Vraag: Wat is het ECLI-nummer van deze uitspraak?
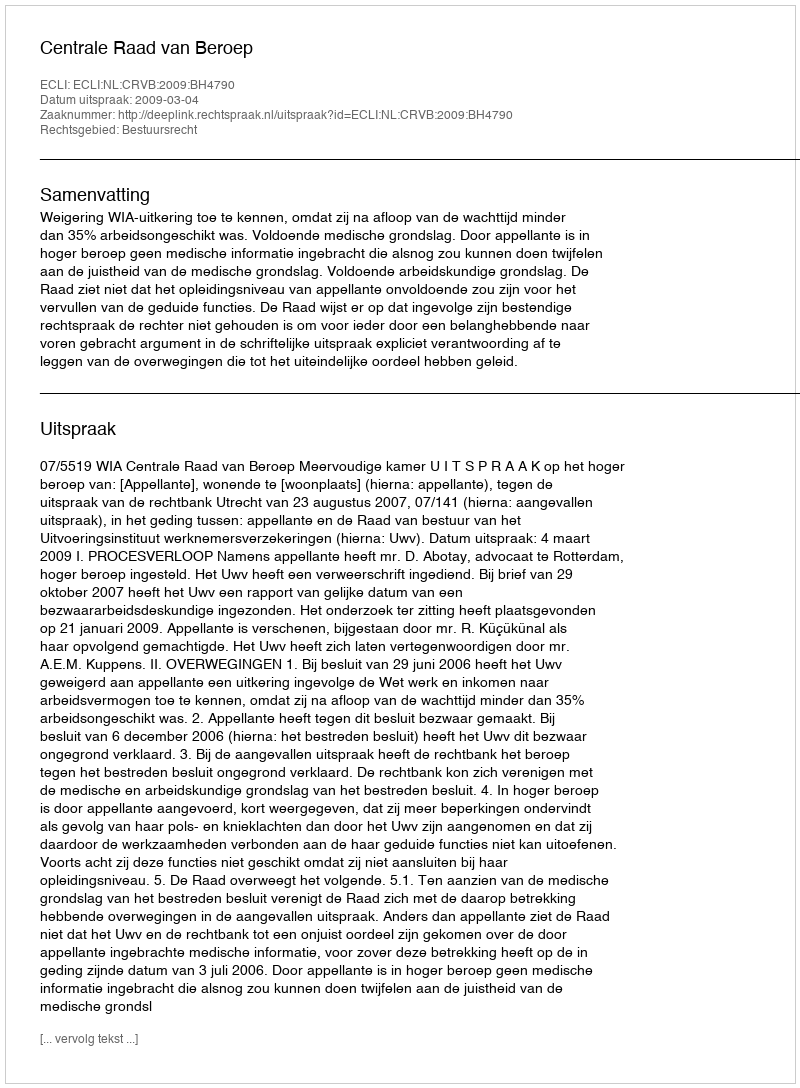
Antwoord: ECLI:NL:CRVB:2009:BH4790